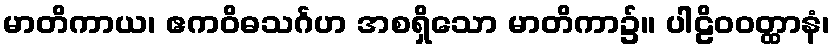
မာတိကာယ၊ ဧကဝိဓသင်္ဂဟ အစရှိသော မာတိကာ၌။ ပါဠိဝဝတ္ထာနံ၊